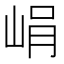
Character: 𡷡